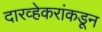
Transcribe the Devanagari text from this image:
दारव्हेकरांकडून